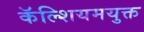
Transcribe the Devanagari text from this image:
कॅल्शियमयुक्त